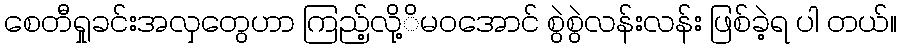
စေတီရှုခင်းအလှတွေဟာ ကြည့်လို့ိမဝအောင် စွဲစွဲလန်းလန်း ဖြစ်ခဲ့ရ ပါ တယ်။